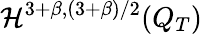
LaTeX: \mathcal{H}^{3+\beta,(3+\beta)/2}(Q_{T})